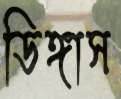
ডিঙ্গাস